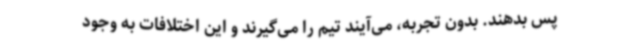
پس بدهند. بدون تجربه، می‌آیند تیم را می‌گیرند و این اختلافات به وجود